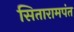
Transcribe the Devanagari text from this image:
सितारामपंत